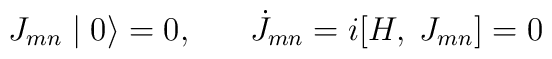
J_{mn} \mid 0 \rangle = 0 , \; \; \; \; \; \; \dot{J}_{mn} = i [H, \; J_{mn} ] = 0